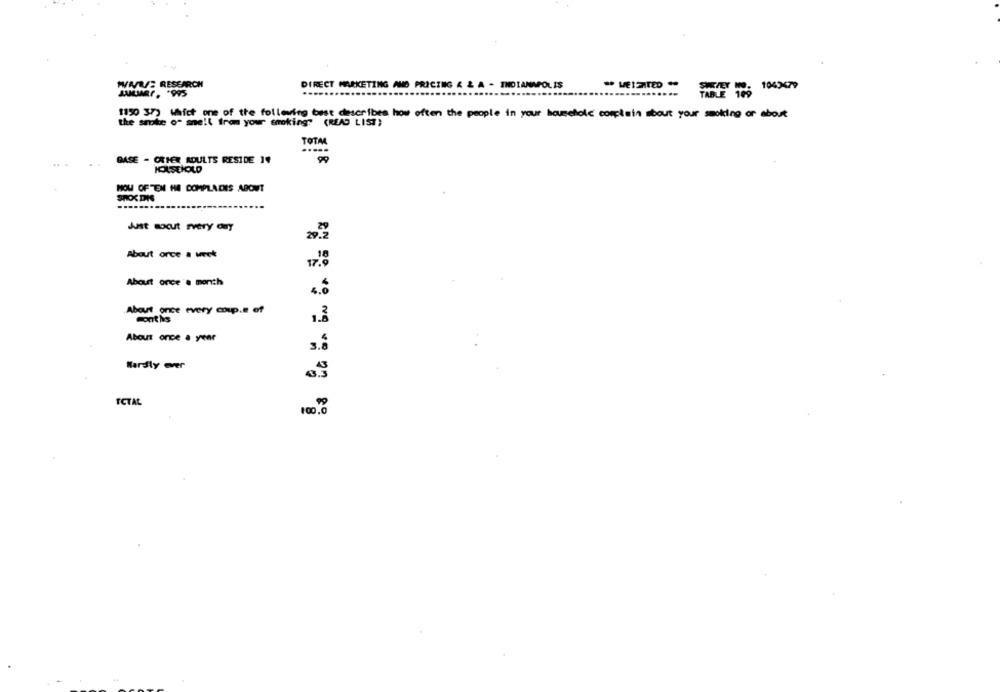
WWW: RESEARCH
DIRECT MARKETING AND PRICING & & A - INDIANAPOLIS
194X79
JAMMER . '995
1150 37) Which one of the following best describes how often the people in your household complain about your smoking or about
the smoke o" sne!( from your smoking" (READ LIST)
BASE - CRIER ADULTS RESIDE 14
TOIM
HOUSEHOLD
HOW OFTEN HE COMPLADES ABOUT
SHOX DIS
Just socut rvery ony
29.2
About orce a week
About once a month
About once every coup.e of
Conths
About once a year
3.8
Hardly ever
TCTAL
100,0